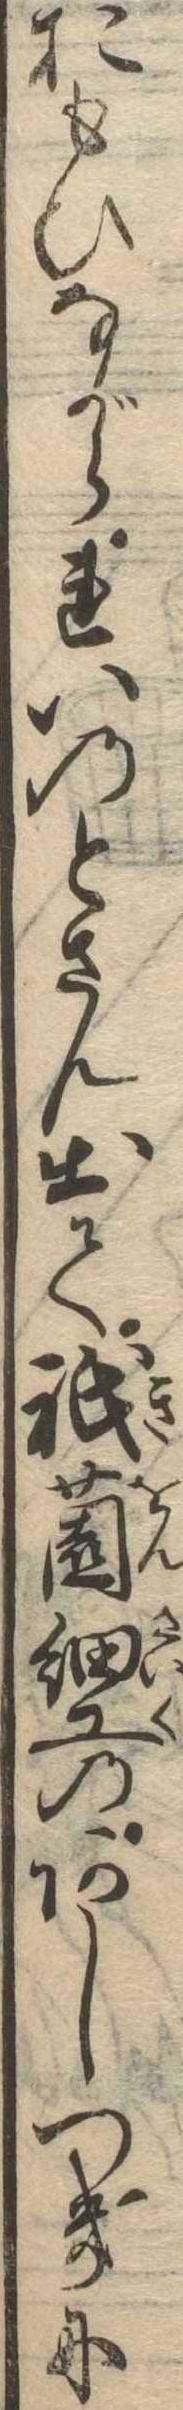
おもひながられいのとさん出て祇園細工のあしつきに